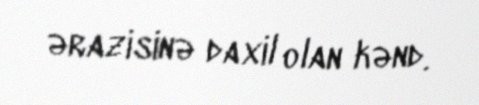
ərazisinə daxil olan kənd.